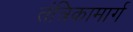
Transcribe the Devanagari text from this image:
तंत्रिकामार्ग